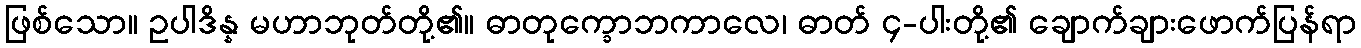
ဖြစ်သော။ ဥပါဒိန္န မဟာဘုတ်တို့၏။ ဓာတုက္ခောဘကာလေ၊ ဓာတ် ၄-ပါးတို့၏ ချောက်ချားဖောက်ပြန်ရာ